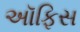
અૉફિસ